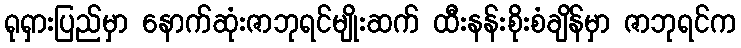
ရုရှားပြည်မှာ နောက်ဆုံးဇာဘုရင်မျိုးဆက် ထီးနန်းစိုးစံချိန်မှာ ဇာဘုရင်က